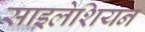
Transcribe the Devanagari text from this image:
साइलेशियन